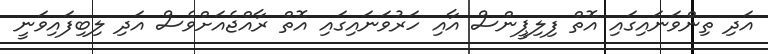
އަދި ތިންވަނައިގައި އޮތް ފިލިޕީންސް އާއި ހަަރުވަނައިގައި އޮތް ރާއްޖެއަށްވެސް އަދި ލިބިފައިވަނީ